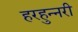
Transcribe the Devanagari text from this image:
हरहुन्‍नरी